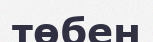
төбен